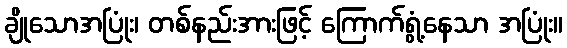
ချိုသောအပြုံး၊ တစ်နည်းအားဖြင့် ကြောက်ရွံ့နေသာ အပြုံး။